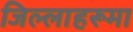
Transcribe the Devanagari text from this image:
जिल्लाहरूमा